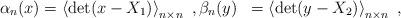
LaTeX: \begin{align*}\begin{aligned}\alpha_n(x)&=\left\langle\det(x-X_1)\right\rangle_{n\times n}\ , \beta_n(y)&=\left\langle\det(y-X_2)\right\rangle_{n\times n}\ ,\end{aligned}\end{align*}